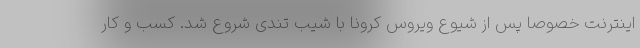
اینترنت خصوصا پس از شیوع ویروس کرونا با شیب تندی شروع شد. کسب و کار